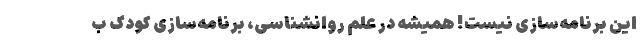
این برنامه‌سازی نیست! همیشه در علم روانشناسی،‌ برنامه‌سازی کودک ب